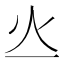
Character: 𤆂